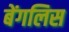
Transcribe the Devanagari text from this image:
बेंगलिस